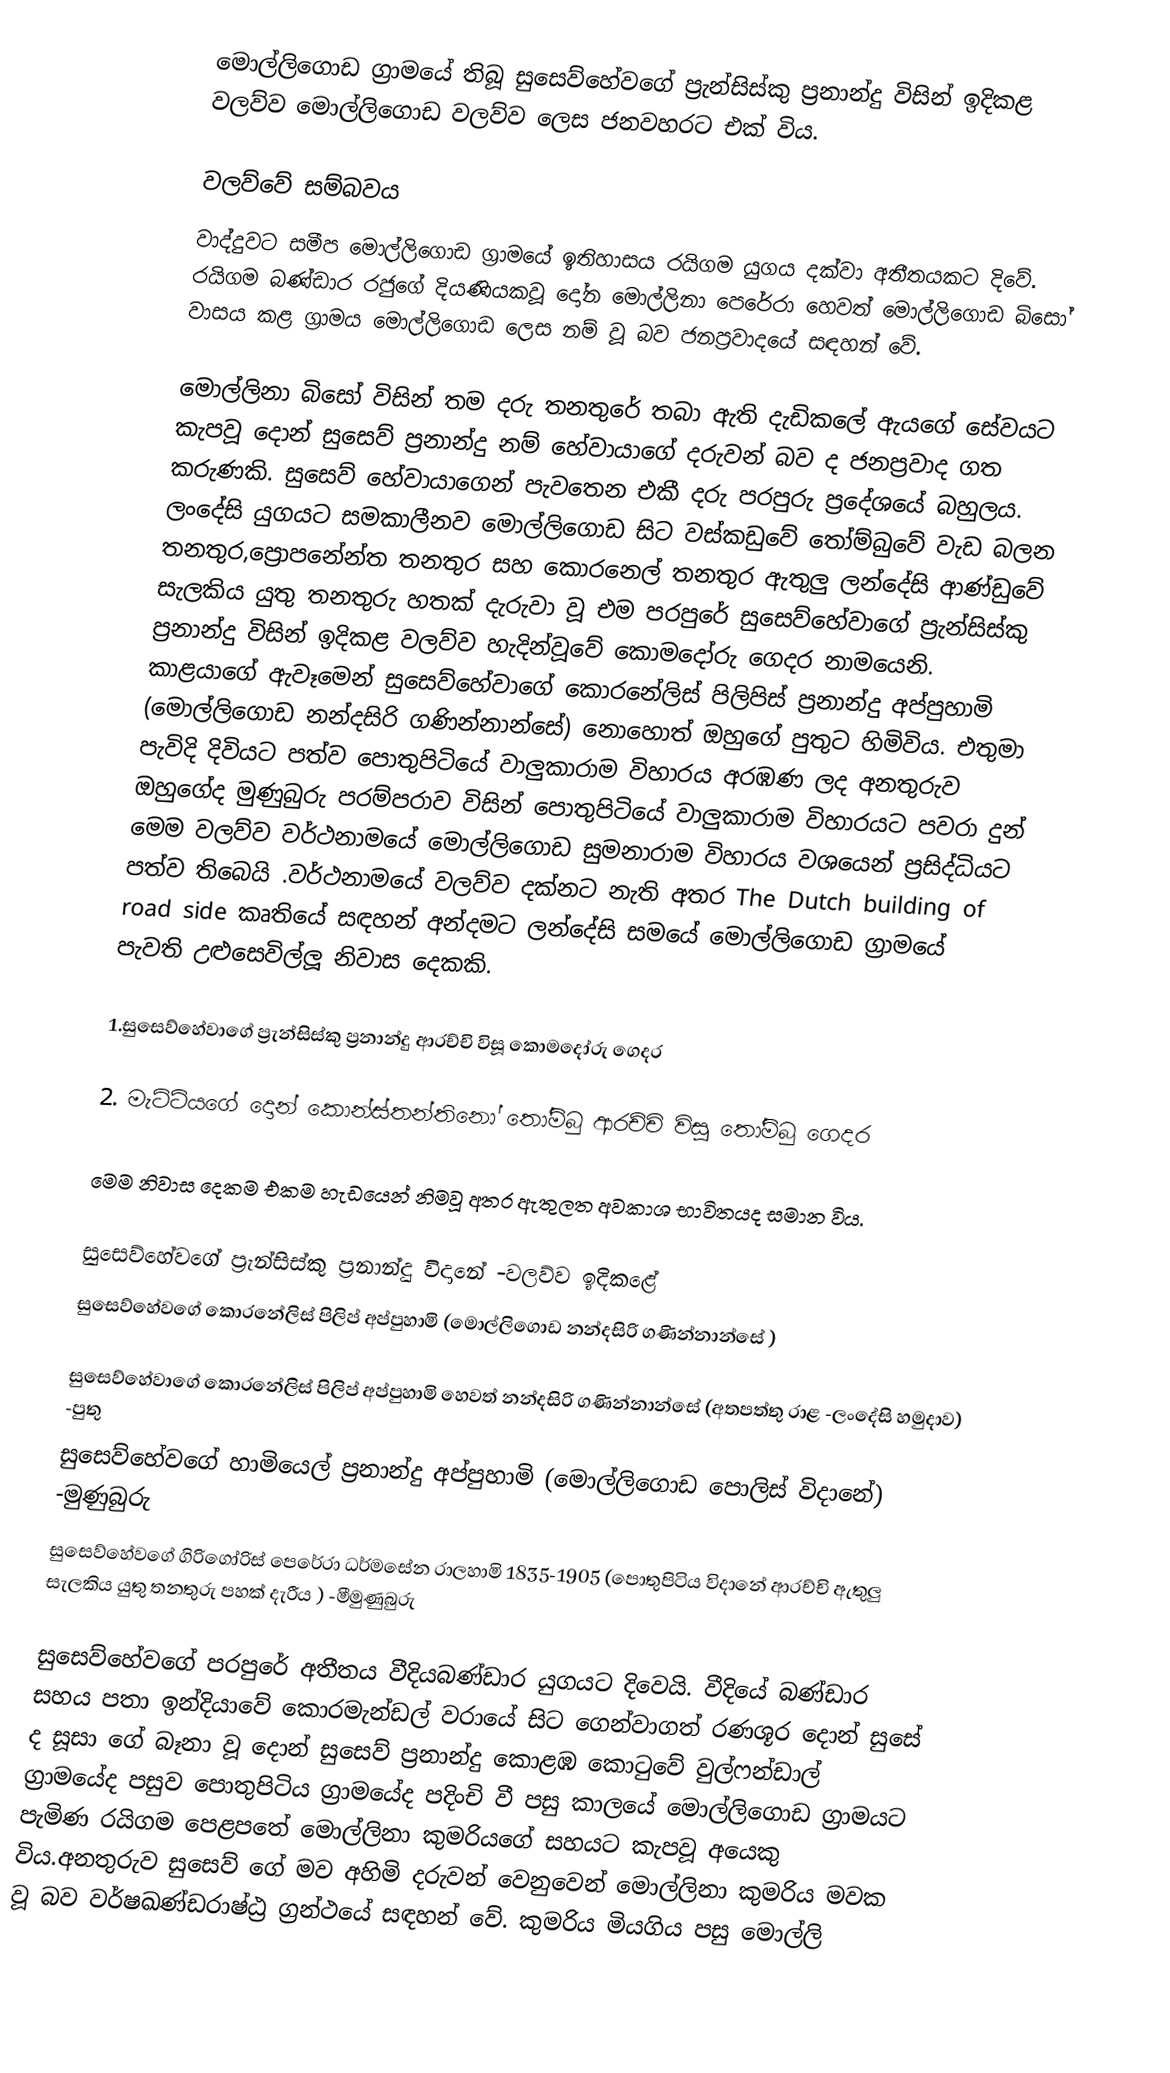
මොල්ලිගොඩ ග්‍රාමයේ තිබූ සුසෙව්හේවගේ  ප්‍රැන්සිස්කු ප්‍රනාන්දු විසින් ඉදිකළ වලව්ව  මොල්ලිගොඩ වලව්ව ලෙස ජනවහරට එක් විය.

වලව්වේ සම්බවය
වාද්දුවට සමීප මොල්ලිගොඩ ග්‍රාමයේ ඉතිහාසය රයිගම යුගය දක්වා අතීතයකට දිවේ. රයිගම බණ්ඩාර රජුගේ දියණියකවූ දෝන මොල්ලිනා පෙරේරා හෙවත් මොල්ලිගොඩ බිසෝ වාසය කළ ග්‍රාමය මොල්ලිගොඩ ලෙස නම් වූ බව ජනප්‍රවාදයේ සඳහන් වේ.

මොල්ලිනා බිසෝ විසින් තම දරු තනතුරේ තබා ඇති දැඩිකලේ ඇයගේ සේවයට කැපවූ දොන් සුසෙව් ප්‍රනාන්දු  නම් හේවායාගේ දරුවන් බව ද ජනප්‍රවාද ගත කරුණකි. සුසෙව් හේවායාගෙන් පැවතෙන එකී දරු පරපුරු ප්‍රදේශයේ බහුලය. ලංදේසි යුගයට සමකාලීනව මොල්ලිගොඩ සිට වස්කඩුවේ තෝම්බුවේ වැඩ බලන තනතුර,ප්‍රොපනේන්ත තනතුර සහ කොරනෙල් තනතුර ඇතුලු ලන්දේසි ආණ්ඩුවේ සැලකිය යුතු තනතුරු හතක් දැරුවා වූ එම පරපුරේ සුසෙව්හේවාගේ  ප්‍රැන්සිස්කු ප්‍රනාන්දු විසින් ඉදිකළ වලව්ව හැදින්වූවේ කොමදෝරු ගෙදර නාමයෙනි. කාළයාගේ ඇවෑමෙන් සුසෙව්හේවාගේ කොරනේලිස් පිලිපිස් ප්‍රනාන්දු අප්පුහාමි  (මොල්ලිගොඩ නන්දසිරි ගණින්නාන්සේ) නොහොත් ඔහුගේ පුතුට හිමිවිය. එතුමා පැවිදි දිවියට පත්ව පොතුපිටියේ වාලුකාරාම විහාරය අරඹණ ලද අනතුරුව ඔහුගේද මුණුබුරු පරම්පරාව විසින් පොතුපිටියේ වාලුකාරාම විහාරයට පවරා දුන් මෙම වලව්ව වර්ථනාමයේ මොල්ලිගොඩ සුමනාරාම විහාරය වශයෙන් ප්‍රසිද්ධියට පත්ව තිබෙයි .වර්ථනාමයේ වලව්ව දක්නට නැති අතර The Dutch building of road side කෘතියේ සඳහන් අන්දමට ලන්දේසි සමයේ මොල්ලිගොඩ ග්‍රාමයේ පැවති උළුසෙවිල්ලූ නිවාස දෙකකි.

1.සුසෙව්හේවාගේ ප්‍රැන්සිස්කු ප්‍රනාන්දු ආරච්චි විසූ කොමදෝරු ගෙදර

2. මැට්ටියගේ දොන් කොන්ස්තන්තිනෝ තෝම්බු  ආරච්චි විසූ තෝම්බු ගෙදර

මෙම නිවාස දෙකම එකම හැඩයෙන් නිමවූ අතර ඇතුලත අවකාශ භාවිතයද සමාන විය.

 සුසෙව්හේවගේ ප්‍රැන්සිස්කු ප්‍රනාන්දු  විදානේ -වලව්ව ඉදිකළේ
සුසෙව්හේවගේ  කොරනේලිස් පිලිප් අප්පුහාමි (මොල්ලිගොඩ නන්දසිරි ගණින්නාන්සේ )

සුසෙව්හේවාගේ කොරනේලිස් පිලිප්  අප්පුහාමි හෙවත් නන්දසිරි ගණින්නාන්සේ (අතපත්තු රාළ -ලංදේසි හමුදාව) -පුතු
සුසෙව්හේවගේ හාමියෙල් ප්‍රනාන්දු අප්පුහාමි (මොල්ලිගොඩ පොලිස් විදානේ) -මුණුබුරු
සුසෙව්හේවගේ ගිරිගෝරිස් පෙරේරා ධර්මසේන රාලහාමි 1835-1905 (පොතුපිටිය විදානේ ආරච්චි ඇතුලු සැලකිය යුතු තනතුරු පහක් දැරීය ) -මීමුණුබුරු

සුසෙව්හේවගේ පරපුරේ අතීතය වීදියබණ්ඩාර යුගයට දිවෙයි. වීදියේ බණ්ඩාර සහය පතා ඉන්දියාවේ කොරමැන්ඩල් වරායේ සිට ගෙන්වාගත් රණශූර දොන් සුසේ ද සූසා ගේ බෑනා වූ දොන් සුසෙව් ප්‍රනාන්දු කොළඹ කොටුවේ වුල්ෆන්ඩාල් ග්‍රාමයේද පසුව  පොතුපිටිය ග්‍රාමයේද  පදිංචි වී පසු කාලයේ මොල්ලිගොඩ ග්‍රාමයට පැමිණ රයිගම පෙළපතේ මොල්ලිනා කුමරියගේ සහයට කැපවූ අයෙකු විය.අනතුරුව සුසෙව් ගේ මව අහිමි දරුවන් වෙනුවෙන් මොල්ලිනා කුමරිය මවක වූ බව වර්ෂඛණ්ඩරාෂ්ඨ්‍ර ග්‍රන්ථයේ  සඳහන් වේ. කුමරිය මියගිය පසු මොල්ලි